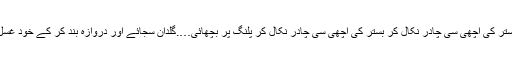
سرِ شام ان کاموں سے فارغ ہوئی جہیز کے ٹرنک کھول کر بستر کی اچھی سی چادر نکال کر بستر کی اچھی سی چادر نکال کر پلنگ پر بچھائی….گلدان سجائے اور دروازہ بند کر کے خود غسل خانے میں گھس گئی….نہا دھو کر نکلی تو بدن ٹوٹ رہا تھا۔